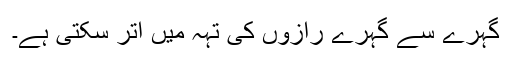
گہرے سے گہرے رازوں کی تہہ میں اتر سکتی ہے۔